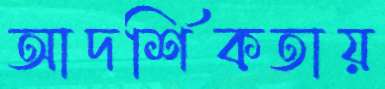
আদর্শিকতায়